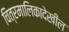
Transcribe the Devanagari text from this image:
चित्रमालिकादेखील